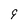
Character: 9